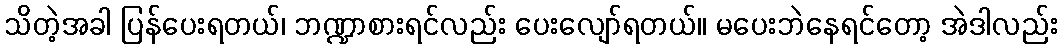
သိတဲ့အခါ ပြန်ပေးရတယ်၊ ဘဏ္ဍာစားရင်လည်း ပေးလျော်ရတယ်။ မပေးဘဲနေရင်တော့ အဲဒါလည်း